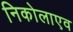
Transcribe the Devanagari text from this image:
निकोलाएव